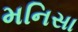
મનિસા